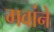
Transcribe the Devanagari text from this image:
गवांने